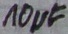
Text: 10µF